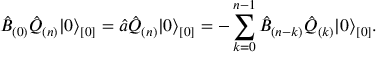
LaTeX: \hat { B } _ { ( 0 ) } \hat { Q } _ { ( n ) } \vert 0 \rangle _ { [ 0 ] } = \hat { a } \hat { Q } _ { ( n ) } \vert 0 \rangle _ { [ 0 ] } = - \sum _ { k = 0 } ^ { n - 1 } \hat { B } _ { ( n - k ) } \hat { Q } _ { ( k ) } \vert 0 \rangle _ { [ 0 ] } .